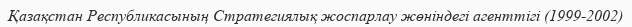
Қазақстан Республикасының Стратегиялық жоспарлау жөніндегі агенттігі (1999-2002)